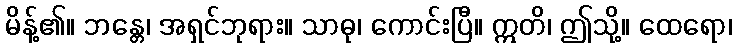
မိန့်၏။ ဘန္တေ၊ အရှင်ဘုရား။ သာဓု၊ ကောင်းပြီ။ ဣတိ၊ ဤသို့။ ထေရော၊